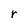
Character: r